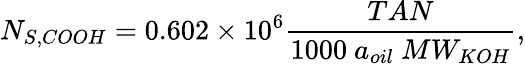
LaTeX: N_{S,COOH}=0.602\times 10^{6}\frac{TAN}{1000~a_{oil}~MW_{KOH}},